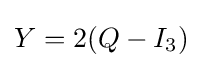
Y=2(Q-I_{3})